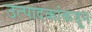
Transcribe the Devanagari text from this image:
उत्पादकांकडून